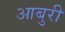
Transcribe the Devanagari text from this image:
आबुरी